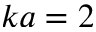
k a = 2